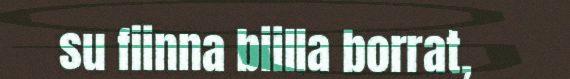
su fiinna biilla borrat,